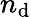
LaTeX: n_{\mathrm{d}}